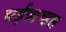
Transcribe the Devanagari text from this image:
चईत्राच्हल